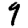
Digit: 9